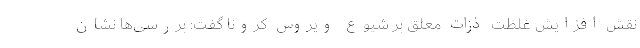
نقش افزایش غلظت ذزات معلق بر شیوع ویروس کرونا گفت: بررسی‌ها نشان